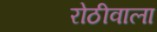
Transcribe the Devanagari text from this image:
रोठीवाला